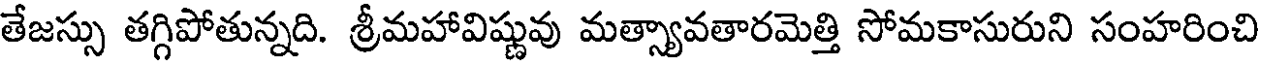
తేజస్సు తగ్గిపోతున్నది. శ్రీమహావిష్ణువు మత్స్యావతారమెత్తి సోమకాసురుని సంహరించి